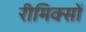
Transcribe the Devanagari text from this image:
रीमिक्सों